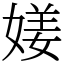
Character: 𡟜